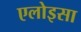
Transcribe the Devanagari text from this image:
एलोइसा